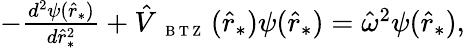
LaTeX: \begin{array}{r}{-\frac{d^{2}\psi(\hat{r}_{*})}{d\hat{r}_{*}^{2}}+\hat{V}_{\mathrm{~{~\scriptsize~B~T~Z~}~}}(\hat{r}_{*})\psi(\hat{r}_{*})=\hat{\omega}^{2}\psi(\hat{r}_{*}),}\end{array}